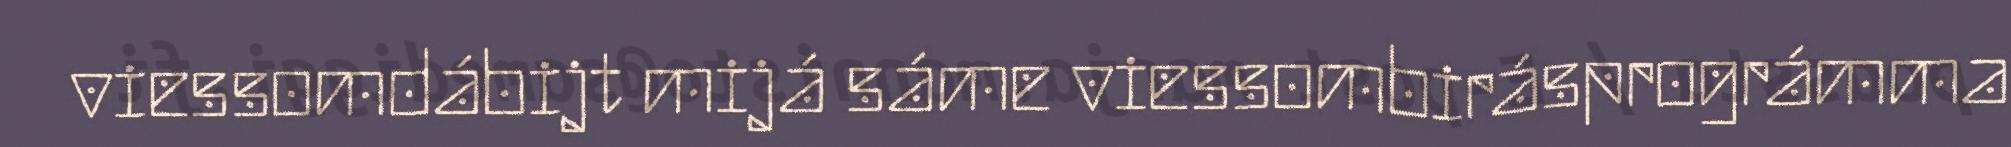
viessomdábijt mijá sáme viessombirásprográmma